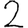
Digit: 2